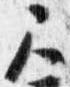
尺